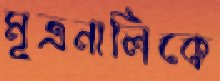
মূত্রনালিকে